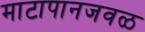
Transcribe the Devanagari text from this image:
माटापानजवळ